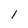
Character: 1